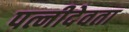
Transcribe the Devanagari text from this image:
पत्नीदेवता